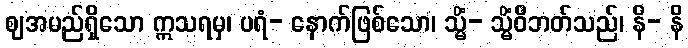
ဈအမည်ရှိသော ဣသရမှ၊ ပရံ- နောက်ဖြစ်သော၊ သ္မိံ- သ္မိံဝိဘတ်သည်၊ နိ- နိ